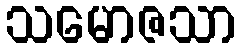
သမောဇသာ